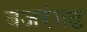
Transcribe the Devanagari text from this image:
बजरंगढ